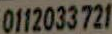
0112033721